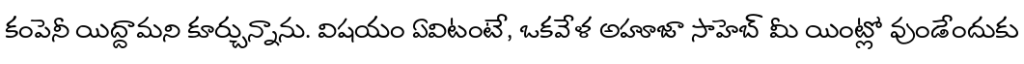
కంపెనీ యిద్దామని కూర్చున్నాను. విషయం ఏవిటంటే, ఒకవేళ అహూజా సాహెబ్ మీ యింట్లో వుండేందుకు